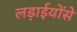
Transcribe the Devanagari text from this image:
लड़ाईयोंसे